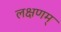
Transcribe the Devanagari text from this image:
लक्षणम्